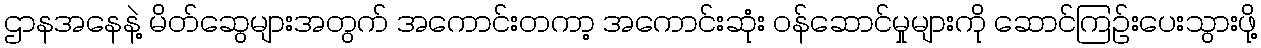
ဌာနအနေနဲ့ မိတ်ဆွေများအတွက် အကောင်းတကာ့ အကောင်းဆုံး ဝန်ဆောင်မှုများကို ဆောင်ကြဉ်းပေးသွားဖို့